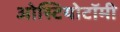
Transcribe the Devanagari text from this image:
ओस्टियोटॉमी